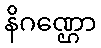
နိဂဏ္ဌော